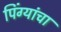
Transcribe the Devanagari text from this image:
पिंग्यांचा